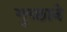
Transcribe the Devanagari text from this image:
गुच्छाने